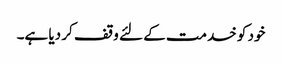
خود کو خدمت کے لئے وقف کر دیا ہے۔